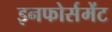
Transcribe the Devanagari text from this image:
इनफोर्समेंट